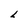
Character: 2